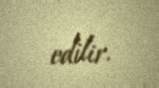
edilir.